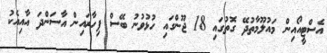
އެސްޓީއޯއިން މައުލޫމާތުދޭ ގޮތުގައި 18 ޖޫންގައި ހުޅުވުނު ބޭސް ފިހާރައިން އާސަންދަ އާއިއެކު